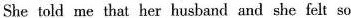
She told me that her husband and she felt so